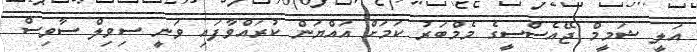
އަލީ ޝަމީމް ޖޭއެސްސީގެ މެމްބަރު ކަމަށް އައްޔަން ކުރައްވާފައި ވަނީ ސިވިލް ސާވިސް